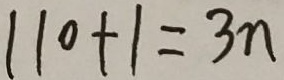
1 1 0 + 1 = 3 n